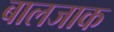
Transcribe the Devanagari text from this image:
बालजाक